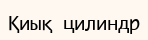
Қиық цилиндр